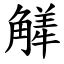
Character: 觲